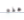
هذه